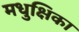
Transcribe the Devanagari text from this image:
मधुक्षिका